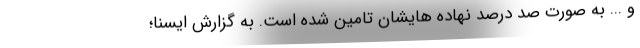
و ... به صورت صد درصد نهاده هایشان تامین شده است. به گزارش ایسنا؛